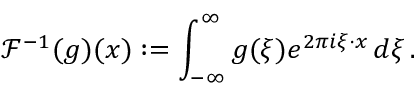
\mathcal { F } ^ { - 1 } ( g ) ( \boldsymbol { x } ) : = \int _ { - \infty } ^ { \infty } g ( \boldsymbol { \xi } ) e ^ { 2 \pi i \boldsymbol { \xi } \cdot \boldsymbol { x } } \, d \boldsymbol { \xi } \, .